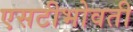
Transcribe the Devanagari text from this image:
एसटीभोवती